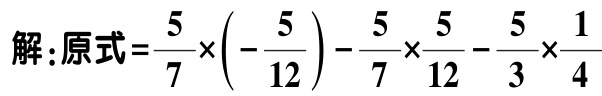
解：原式\(=\dfrac{5}{7}\times\left(-\dfrac{5}{12}\right)-\dfrac{5}{7}\times\dfrac{5}{12}-\dfrac{5}{3}\times\dfrac{1}{4}\)